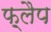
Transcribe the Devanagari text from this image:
फ़्लैप